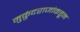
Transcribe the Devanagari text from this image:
मुकुंदराजांकडून